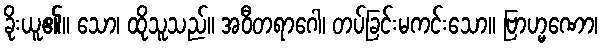
ခိုးယူ၏။ သော၊ ထိုသူသည်။ အဝီတရာဂေါ၊ တပ်ခြင်းမကင်းသော။ ဗြာဟ္မဏော၊